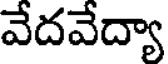
వేదవేద్యా